Rangoon Lunatic Asylum 1893-1897 - 1893-1897
Year: 1893
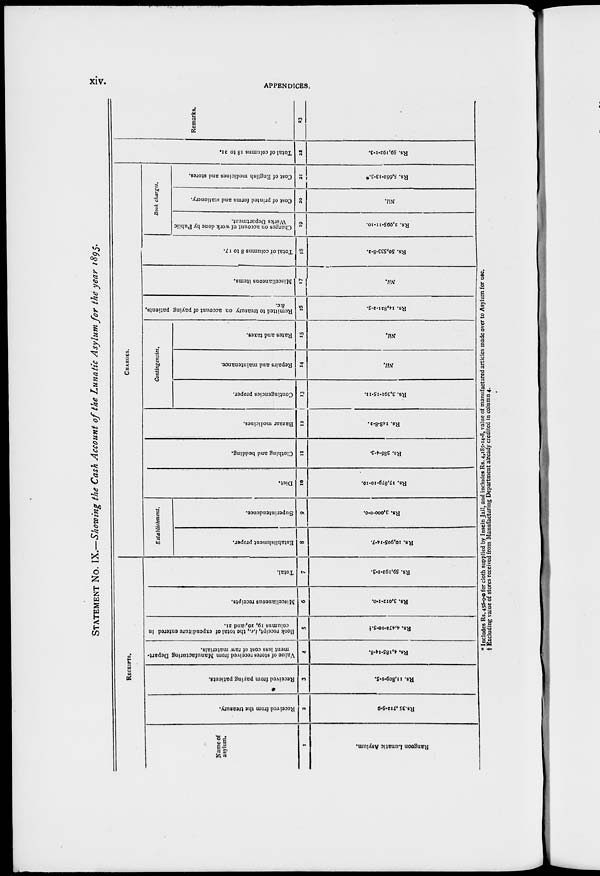
xiv.
APPENDICES.
STATEMENT NO. IX.—Showing the Cash Account of the Lunatic Asylum for the year 1895.
RECEIPTS.
Name of
asylum.
1
Rangoon Lunatic Asylum.
Received from the treasury.
2
Rs. 35,712-5-9
Received from paying patients.
3
Rs. 11,809-1-5.
Value of stores received from Manufacturing Depart-
ment less cost of raw materials.
4
Rs. 4,185-14-8.
Book receipt, i.e., the total of expenditure entered in
columns 19, 20, and 21.
5
Rs. 4,472-10-5.†
Miscellaneous receipts.
6
Rs. 3,012-1-0.
Total.
7
Rs. 59,192-1-3.
CHARGES.
Establishment.
Establishment proper.
8
Rs. 10,905-14-7.
Superintendence.
9
Rs. 3000-0-0.
Diet.
10
Rs. 17,879-10-10.
Clothing and bedding.
11
Rs. 386-4-3.
Bazaar medicines.
12
Rs. 148-8-2.
Contingencies.
Contingencies proper.
13
Rs. 3,391-15-11.
Repairs and maintenance.
14
Nil.
Rates and taxes.
15
Nil.
Remitted to treasury on account of paying patients,
&c.
16
Rs. 14,821-2-5.
Miscellaneous items.
17
Nil.
Total of columns 8 to 17.
18
Rs. 50,533-8-2.
Book charges.
Charges on account of work done by Public
Works Department.
19
Rs. 2,995-11-10.
Cost of printed forms and stationery.
20
Nil.
Cost of English medicines and stores.
21
Rs. 5,662-13-3.*
Total of columns 18 to 21.
22
Rs. 59,192-1-3.
Remarks.
23
* Includes Rs. 456-9-0 for cloth supplied by Insein Jail, and includes Rs. 4,185-14-8, value of manufactured articles made over to Asylum for use,
† Excluding value of stores received from Manufacturing Department already credited in column 4.